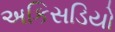
અકિસડિયો